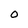
Character: 0